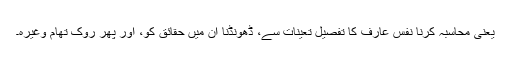
یعنی محاسبہ کرنا نفس عارف کا تفصیل تعینات سے، ڈھونڈنا ان میں حقائق کو، اور پھر روک تھام وغیرہ۔